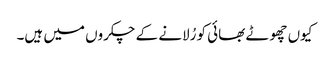
کیوں چھوٹے بھائی کو رُلانے کے چکروں میں ہیں۔